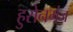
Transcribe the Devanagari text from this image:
हुसेनगंज